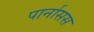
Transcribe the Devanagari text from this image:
पार्नासस